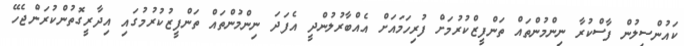
ކައުންސިލުން ފާސްކުރާ ނިންމުންތައް ތަންފީޒްކުރުމަށް ފުރިހަމައަށް އެއްބާރުލުންދީ އެފަދަ ނިންމުންތައް ތަންފީޒުކުރުމުގައި އިދާރީގޮތުންކުރަންޖެހޭ